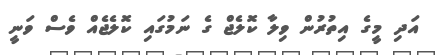
އަދި މީގެ އިތުރުން ވިލާ ކޮލެޖް ގެ ނަމުގައި ކޮލެޖެއް ވެސް ވަނީ